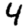
Digit: 4